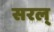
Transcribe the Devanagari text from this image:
सरल्